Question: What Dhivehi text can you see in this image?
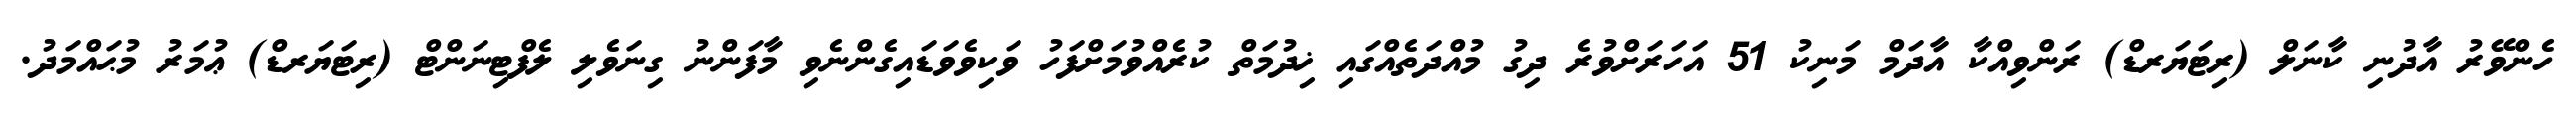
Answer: ހެންވޭރު އާދުނި ކާނަލް (ރިޓަޔަރޑް) ރަންވިއްކާ އާދަމް މަނިކު 51 އަހަރަށްވުރެ ދިގު މުއްދަތެއްގައި ޚިދުމަތް ކުރެއްވުމަށްފަހު ވަކިވެވަޑައިގެންނެވި މާފަންނު ގިނަވެލި ލެފްޓިނަންޓް (ރިޓަޔަރޑް) ޢުމަރު މުޙައްމަދު.